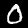
Digit: 0